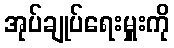
အုပ်ချုပ်ရေးမှူးကို